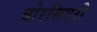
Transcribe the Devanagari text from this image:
बोरसिएरी